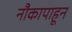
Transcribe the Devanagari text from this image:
नौकापाहून